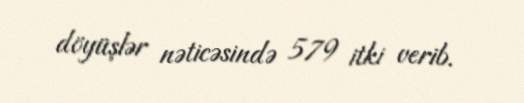
döyüşlər nəticəsində 579 itki verib.